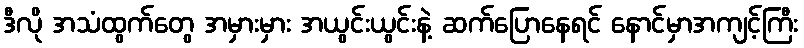
ဒီလို အသံထွက်တွေ အမှားမှား အယွင်းယွင်းနဲ့ ဆက်ပြောနေရင် နောင်မှာအကျင့်ကြီး